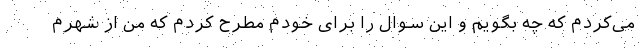
می‌کردم که چه بگویم و این سوال را برای خودم مطرح کردم که من از شهرم